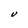
Character: U